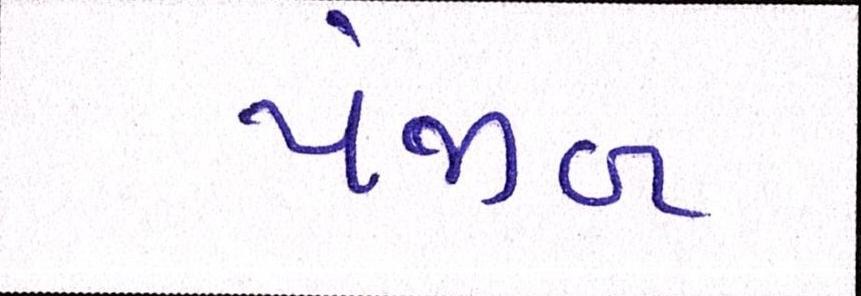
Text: પંજાબ